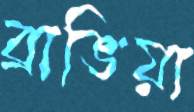
ব্রাভিয়া